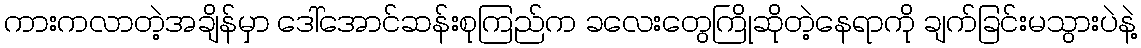
ကားကလာတဲ့အချိန်မှာ ဒေါ်အောင်ဆန်းစုကြည်က ခလေးတွေကြိုဆိုတဲ့နေရာကို ချက်ခြင်းမသွားပဲနဲ့